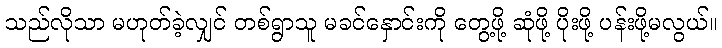
သည်လိုသာ မဟုတ်ခဲ့လျှင် တစ်ရွာသူ မခင်နှောင်းကို တွေ့ဖို့ ဆုံဖို့ ပိုးဖို့ ပန်းဖို့မလွယ်။